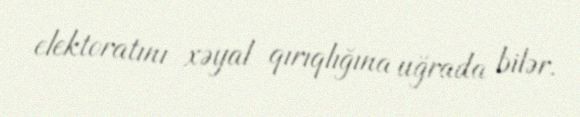
elektoratını xəyal qırıqlığına uğrada bilər.